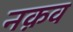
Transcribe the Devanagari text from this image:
नक़व